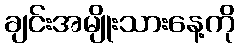
ချင်းအမျိုးသားနေ့ကို